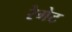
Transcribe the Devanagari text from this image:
रेगेट